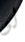
لو